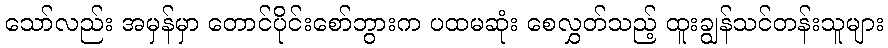
သော်လည်း အမှန်မှာ တောင်ပိုင်းစော်ဘွားက ပထမဆုံး စေလွှတ်သည့် ထူးချွန်သင်တန်းသူများ